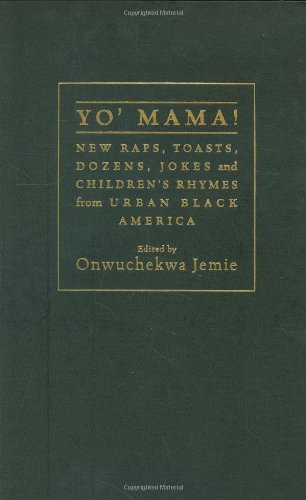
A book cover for Yo' Mama: New Raps, Toasts, Dozens, Jokes, and Children's Rhymes from Urban Black America; Onwuchekwa Jemie; Humor & Entertainment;